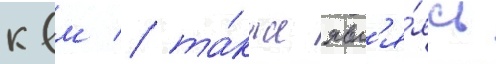
квм / та́кже явл'я́ясь